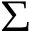
\Sigma